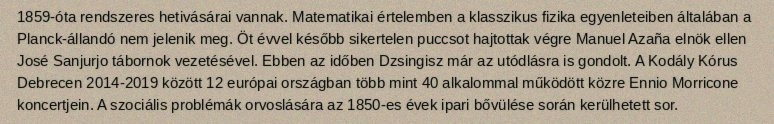
1859-óta rendszeres hetivásárai vannak. Matematikai értelemben a klasszikus fizika egyenleteiben általában a Planck-állandó nem jelenik meg. Öt évvel később sikertelen puccsot hajtottak végre Manuel Azaña elnök ellen José Sanjurjo tábornok vezetésével. Ebben az időben Dzsingisz már az utódlásra is gondolt. A Kodály Kórus Debrecen 2014-2019 között 12 európai országban több mint 40 alkalommal működött közre Ennio Morricone koncertjein. A szociális problémák orvoslására az 1850-es évek ipari bővülése során kerülhetett sor.